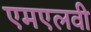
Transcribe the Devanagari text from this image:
एमएलवी